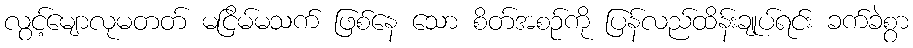
လွင့်မျောလုမတတ် မငြိမ်မသက် ဖြစ်နေ သော စိတ်အစဉ်ကို ပြန်လည်ထိန်းချုပ်ရင်း ခက်ခဲစွာ